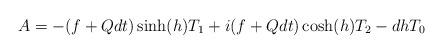
LaTeX: \begin{align*}A=-(f+Qdt)\sinh(h)T_1 + i(f+Qdt)\cosh(h)T_2-dh T_0\end{align*}